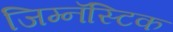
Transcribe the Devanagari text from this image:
जिम्नॅस्टिक